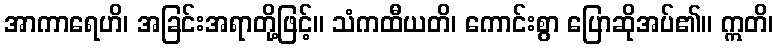
အာကာရေဟိ၊ အခြင်းအရာတို့ဖြင့်။ သံကထီယတိ၊ ကောင်းစွာ ပြောဆိုအပ်၏။ ဣတိ၊